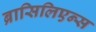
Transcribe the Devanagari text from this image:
ब्रासिलिएन्स